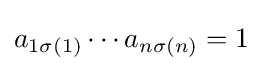
a_{1\sigma (1)}\cdots a_{n\sigma (n)}=1